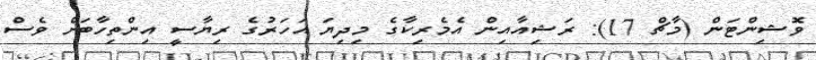
ވޮޝިންޓަން (މާޗް 17): ރަޝިއާއިން އެމެރިކާގެ މިދިޔަ އަހަރުގެ ރިޔާސީ އިންތިހާބަށް ވެސް